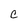
Character: c